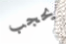
يحجب